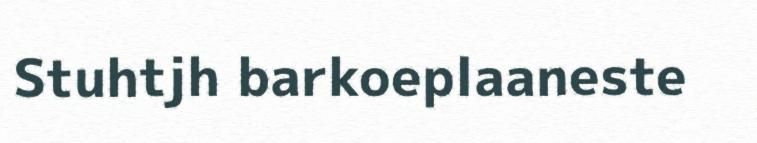
Stuhtjh barkoeplaaneste